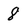
Character: 8